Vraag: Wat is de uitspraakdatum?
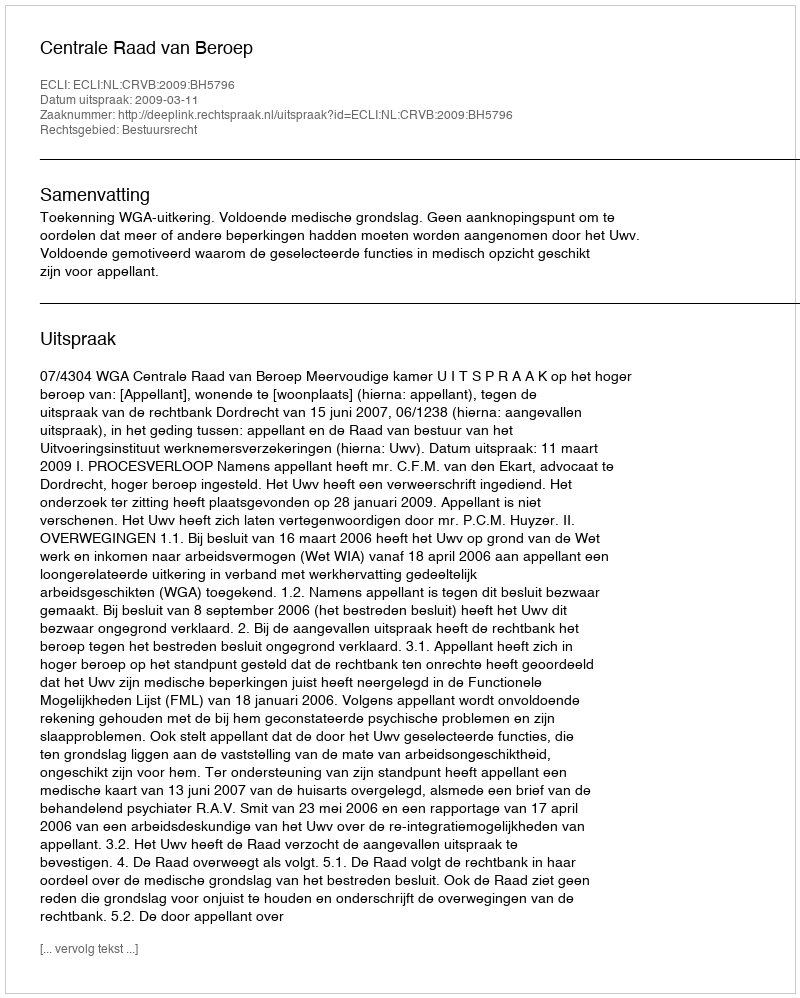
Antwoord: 2009-03-11